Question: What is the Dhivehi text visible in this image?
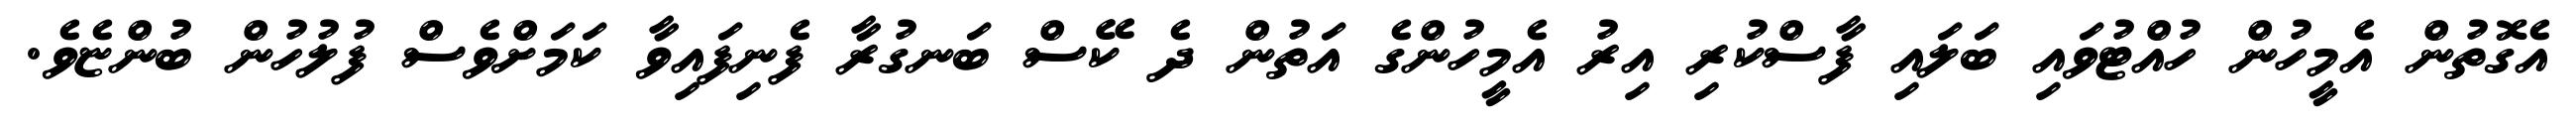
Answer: އެގޮތުން އެމީހުން ހުއްޓުވައި ބަލައި ފާސްކުރި އިރު އެމީހުންގެ އަތުން ދެ ކޭސް ބަނގުރާ ފެނިފައިވާ ކަމަށްވެސް ފުލުހުން ބުންޏެވެ.